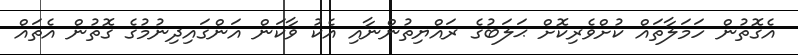
އެގޮތުން ހަމަލާތައް ކުށްވެރިކޮށް ޙަލަބުގެ ރައްޔިތުންނާއި އެކު ވާކަން އަންގައިދިނުމުގެ ގޮތުން އެތައް